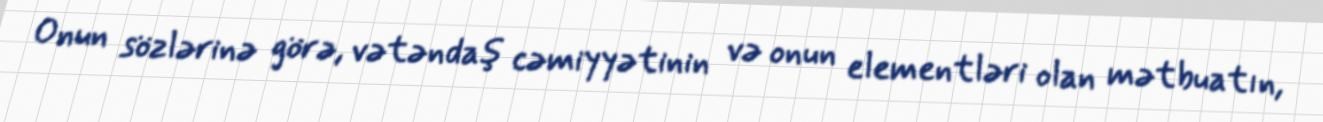
Onun sözlərinə görə, vətəndaş cəmiyyətinin və onun elementləri olan mətbuatın,